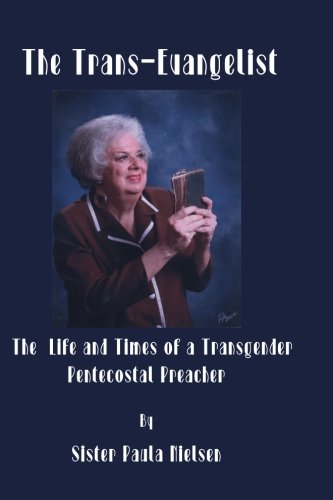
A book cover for The Trans-Evangelist: The Life and Times of  A  Transgender Pentecostal  Preacher; Sister Paula Nielsen; Gay & Lesbian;